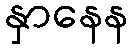
နှာနေန